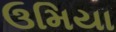
ઉમિયા